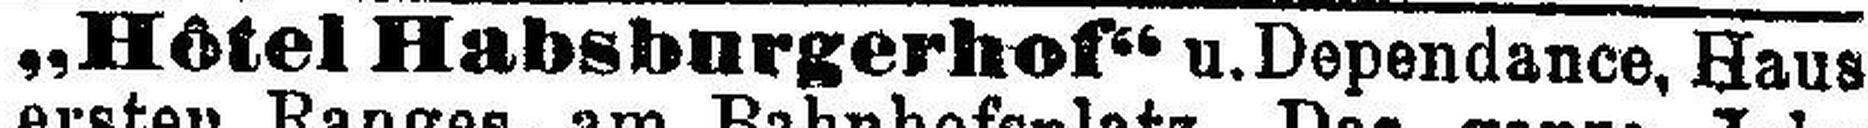
„Hôtel Habsburgerhof“ u. Dependance, Haus